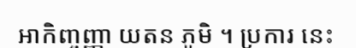
ឤកិញ្ចញ្ញា យតន ភូមិ ។ ប្រការ នេះ